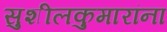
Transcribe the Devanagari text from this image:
सुशीलकुमारांना